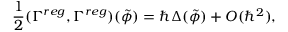
\frac 1 2 ( \Gamma ^ { r e g } , \Gamma ^ { r e g } ) ( \tilde { \phi } ) = \hbar \Delta ( \tilde { \phi } ) + O ( \hbar ^ { 2 } ) ,